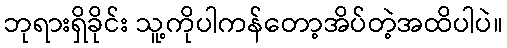
ဘုရားရှိခိုင်း သူ့ကိုပါကန်တော့အိပ်တဲ့အထိပါပဲ။